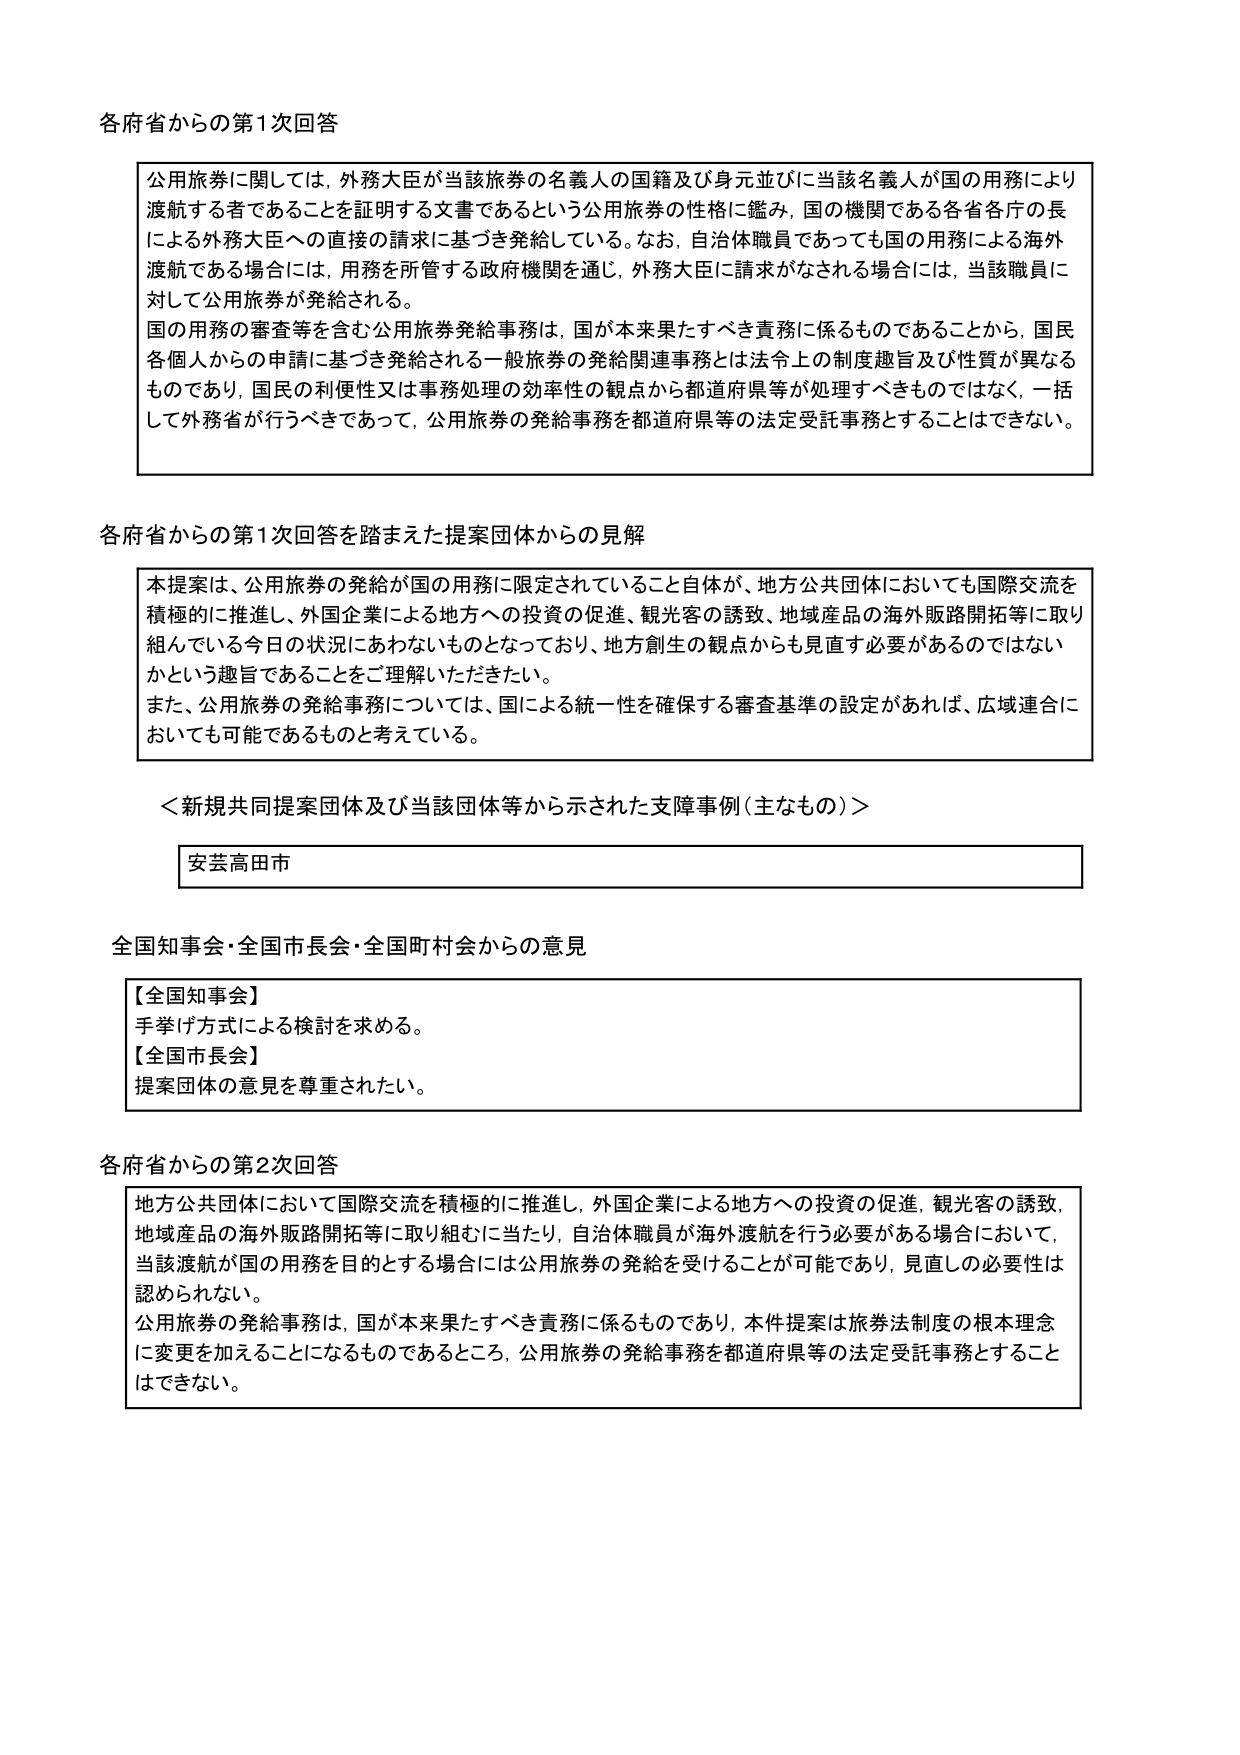
各府省からの第1次回答

公用旅券に関しては、外務大臣が当該旅券の名義人の国籍及び身元並びに当該名義人が国の用務により渡航する者であることを証明する文書であるという公用旅券の性格に鑑み、国の機関である各省各庁の長による外務大臣への直接の請求に基づき発給している。なお、自治体職員であっても国の用務による海外渡航である場合には、用務を所管する政府機関を通じ、外務大臣に請求がなされる場合には、当該職員に対して公用旅券が発給される。

国の用務の審査等を含む公用旅券発給事務は、国が本来果たすべき責務に係るものであることから、国民各個人からの申請に基づき発給される一般旅券の発給関連事務とは法令上の制度趣旨及び性質が異なるものであり、国民の利便性又は事務処理の効率性の観点から都道府県等が処理すべきものではなく、一括して外務省が行うべきであって、公用旅券の発給事務を都道府県等の法定受託事務とすることはできない。

各府省からの第1次回答を踏まえた提案団体からの見解

本提案は、公用旅券の発給が国の用務に限定されていること自体が、地方公共団体においても国際交流を積極的に推進し、外国企業による地方への投資の促進、観光客の誘致、地域産品の海外販路開拓等に取り組んでいる今日の状況にあわないものとなっており、地方創生の観点からも見直す必要があるのではないかという趣旨であることをご理解いただきたい。

また、公用旅券の発給事務については、国による統一性を確保する審査基準の設定があれば、広域連合においても可能であるものと考えている。

＜新規共同提案団体及び当該団体等から示された支障事例（主なもの）＞

安芸高田市

全国知事会・全国市長会・全国町村会からの意見

【全国知事会】
手挙げ方式による検討を求める。
【全国市長会】
提案団体の意見を尊重されたい。

各府省からの第2次回答

地方公共団体において国際交流を積極的に推進し、外国企業による地方への投資の促進、観光客の誘致、地域産品の海外販路開拓等に取り組むに当たり、自治体職員が海外渡航を行う必要がある場合において、当該渡航が国の用務を目的とする場合には公用旅券の発給を受けることが可能であり、見直しの必要性は認められない。

公用旅券の発給事務は、国が本来果たすべき責務に係るものであり、本件提案は旅券法制度の根本理念に変更を加えることになるものであるところ、公用旅券の発給事務を都道府県等の法定受託事務とすることはできない。